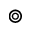
\circledcirc